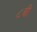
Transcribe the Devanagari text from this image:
८बी